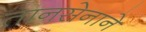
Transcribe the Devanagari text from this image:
तानसेनाने